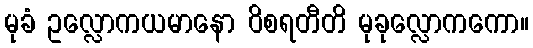
မုခံ ဥလ္လောကယမာနော ဝိစရတီတိ မုခုလ္လောကကော။